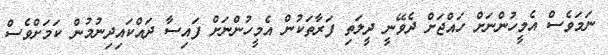
ނަމަވެސް އެމީހުންނަށް ހައްޖަށް ދެވޭނީ ދީލަތި ފަރާތަކުން އެމީހުންނަށް ފައިސާ ދައްކައިދިނުމުން ކަމަށްވެސް